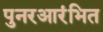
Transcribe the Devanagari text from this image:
पुनरआरंभित